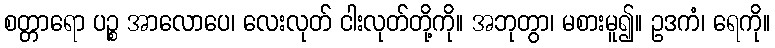
စတ္တာရော ပဉ္စ အာလောပေ၊ လေးလုတ် ငါးလုတ်တို့ကို။ အဘုတွာ၊ မစားမူ၍။ ဥဒကံ၊ ရေကို။